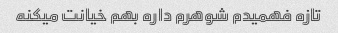
تازه فهمیدم شوهرم داره بهم خیانت میکنه